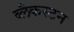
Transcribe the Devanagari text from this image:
ब्लैकस्टन